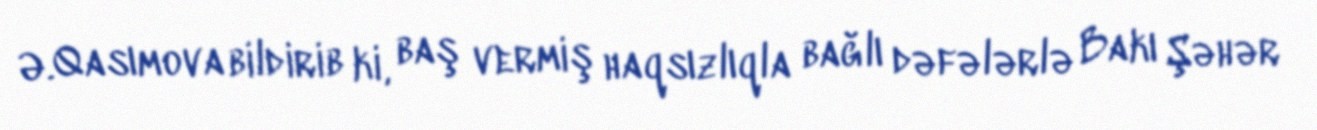
Ə.Qasımova bildirib ki, baş vermiş haqsızlıqla bağlı dəfələrlə Bakı Şəhər